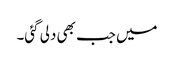
میں جب بھی دلی گئی۔